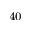
^ { 4 0 }